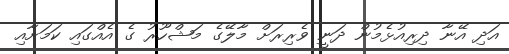
އަދި އޭނާ ދިރިއުޅެމުން ދަނީ ވެރިރަށް މާލޭގެ މަޝްހޫރު ގެ އެއްގައި ކަމަށާއި